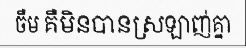
ចឺម គឺមិនបានស្រឡាញ់គ្នា